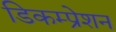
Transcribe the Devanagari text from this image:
डिकम्प्रेशन